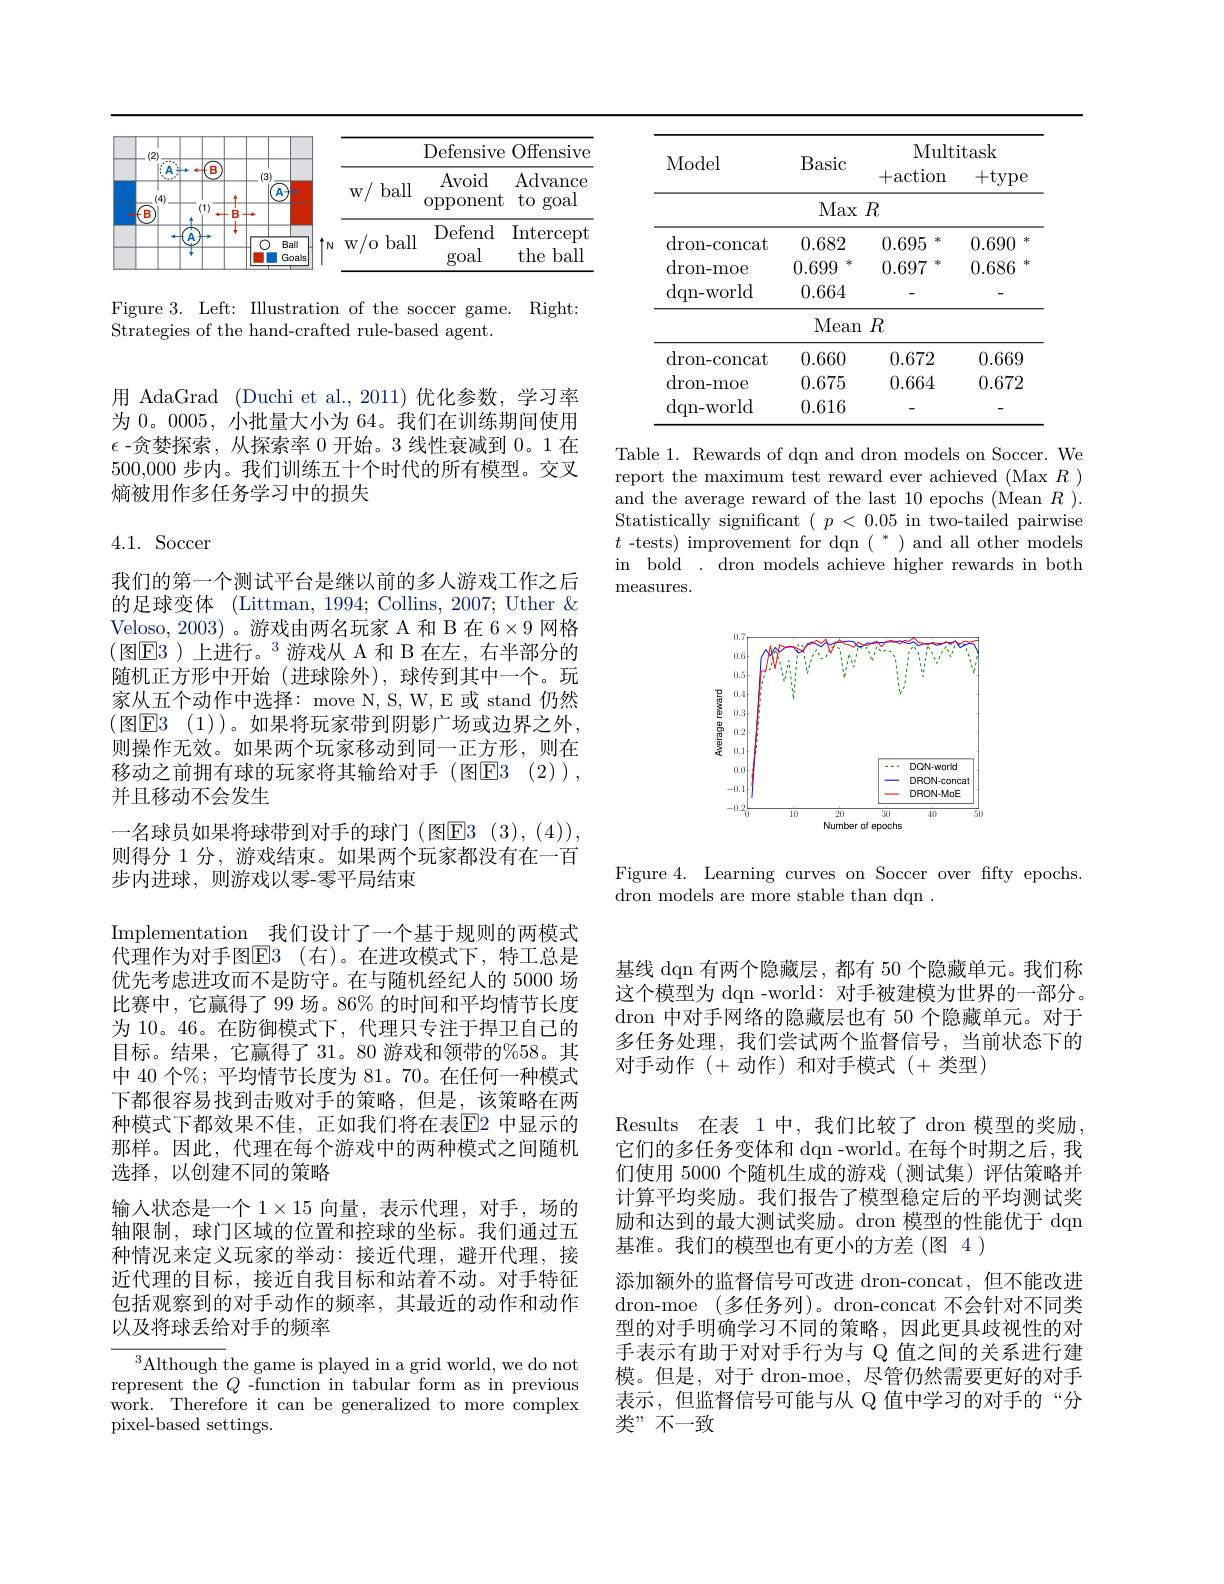
用 AdaGrad (Duchi et al.,2011)优化参数，学习率为 0。0005, 小批量大小为 64。我们在训练期间使用$\epsilon$ -贪婪探索，从探索率 0 开始。3 线性衰减到0。1 在500,000步内。我们训练五十个时代的所有模型。交叉熵被用作多任务学习中的损失

## 4.1.Soccer

我们的第一个测试平台是继以前的多人游戏工作之后的足球变体 (Littman, 1994; Collins, 2007; Uther & Veloso, 2003) 。游戏由两名玩家 A 和 B 在$6\times9$网格(图$\mathbb{E} 3) \text{上 进 行 。}^3$游戏从 A 和 B 在左，右半部分的随机正方形中开始(进球除外),球传到其中一个。玩家从五个动作中选择：move N, S, W, E 或 stand 仍然(图$\mathbb{E} 3$ (1))。如果将玩家带到阴影广场或边界之外， 则操作无效。如果两个玩家移动到同一正方形，则在移动之前拥有球的玩家将其输给对手(图$\boxed{\mathrm{F} }3$ (2)), 并且移动不会发生
一名球员如果将球带到对手的球门(图$\overline{\mathrm{E}}3(3),(4))$ 则得分 1 分，游戏结束。如果两个玩家都没有在一百步内进球，则游戏以零-零平局结束
Implementation 我们设计了一个基于规则的两模式代理作为对手图$\overline {\mathrm{E} }3$ (右)。在进攻模式下，特工总是优先考虑进攻而不是防守。在与随机经纪人的 5000 场比赛中，它赢得了 99 场。86% 的时间和平均情节长度为 10。46。在防御模式下，代理只专注于捍卫自己的目标。结果，它赢得了 31。80 游戏和领带的%58。其中 40 个%; 平均情节长度为 81。70。在任何一种模式下都很容易找到击败对手的策略，但是，该策略在两种模式下都效果不佳，正如我们将在表$\overline{\mathrm{E}}$2 中显示的那样。因此，代理在每个游戏中的两种模式之间随机选择，以创建不同的策略
输人状态是一个$1\times15$向量，表示代理，对手，场的轴限制，球门区域的位置和控球的坐标。我们通过五种情况来定义玩家的举动：接近代理，避开代理，接近代理的目标，接近自我目标和站着不动。对手特征包括观察到的对手动作的频率，其最近的动作和动作以及将球丢给对手的频率
${^{3}\text{Although the game is played in a grid world, we do not}}$

represent the $Q$ -function in tabular form as in previous work. Therefore it can be generalized to more complex pixel-based settings.

<FigureHere>

Figure 3. Left: Illustration of the soccer game. Right:
Strategies of the hand-crafted rule-based agent.

<table>
	<tbody>
		<tr>
			<th rowspan="3">Model</th>
			<th rowspan="3">Basic</th>
			<th>Mult +action</th>
			<th>itask +ty</th>
			<th>; k -type</th>
		</tr>
		<tr>
			<th colspan="3">Multitask</th>
		</tr>
		<tr>
			<th>- action $+\epsilon$</th>
			<th>+ty</th>
			<th>-type</th>
		</tr>
		<tr>
			<td> </td>
			<td>Max</td>
			<td> </td>
			<td> </td>
			<td> </td>
		</tr>
		<tr>
			<td>$\operatorname{dron-concat}$</td>
			<td>0.682</td>
			<td>0.695 水</td>
			<td>0.69</td>
			<td>690 zkc</td>
		</tr>
		<tr>
			<td>$\operatorname{dron-moe}$</td>
			<td>米 0.699</td>
			<td>0.697 米</td>
			<td>0.68</td>
			<td>686 冰</td>
		</tr>
		<tr>
			<td>$\operatorname{dqn-world}$</td>
			<td>0.664</td>
			<td>-</td>
			<td>-</td>
			<td>-</td>
		</tr>
		<tr>
			<td> </td>
			<td>Mean</td>
			<td>${\mathbb{L}}$</td>
			<td> </td>
			<td> </td>
		</tr>
		<tr>
			<td>$\operatorname{dron-concat}$</td>
			<td>0.660</td>
			<td>0.672</td>
			<td>0.6</td>
			<td>).669</td>
		</tr>
		<tr>
			<td>$\operatorname{dron-moe}$</td>
			<td>0.675</td>
			<td>0.664</td>
			<td>0.6</td>
			<td>).672</td>
		</tr>
		<tr>
			<td>$\operatorname{dqn-world}$</td>
			<td>0.616</td>
			<td>-</td>
			<td>-</td>
			<td>-</td>
		</tr>
	</tbody>
</table>

Table 1. Rewards of dqn and dron models on Soccer. We report the maximum test reward ever achieved (Max $R$ ) and the average reward of the last 10 epochs (Mean $R$). Statistically significant $(p<0.05$ in two-tailed pairwise $t$ -tests) improvement for dqn $({}^*)$ and all other models in bold . dron models achieve higher rewards in both measures

<FigureHere>

Figure 4. Learning curves on Soccer over fifty epochs.
dron models are more stable than dqn .

基线 dqn 有两个隐藏层，都有 50 个隐藏单元。我们称这个模型为 dqn -world: 对手被建模为世界的一部分。dron 中对手网络的隐藏层也有 50 个隐藏单元。对于多任务处理，我们尝试两个监督信号，当前状态下的对手动作(+动作)和对手模式(+类型)
Results 在表 1 中，我们比较了 dron 模型的奖励它们的多任务变体和 dqn -world。在每个时期之后，我们使用 5000 个随机生成的游戏 (测试集)评估策略并计算平均奖励。我们报告了模型稳定后的平均测试奖励和达到的最大测试奖励。dron 模型的性能优于 dqn 基准。我们的模型也有更小的方差(图 4 )
添加额外的监督信号可改进 dron-concat,但不能改进dron-moe (多任务列)。dron-concat 不会针对不同类型的对手明确学习不同的策略，因此更具歧视性的对手表示有助于对对手行为与 Q 值之间的关系进行建模。但是，对于 dron-moe, 尽管仍然需要更好的对手表示，但监督信号可能与从 Q 值中学习的对手的“分类”不一致